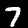
Label: 7